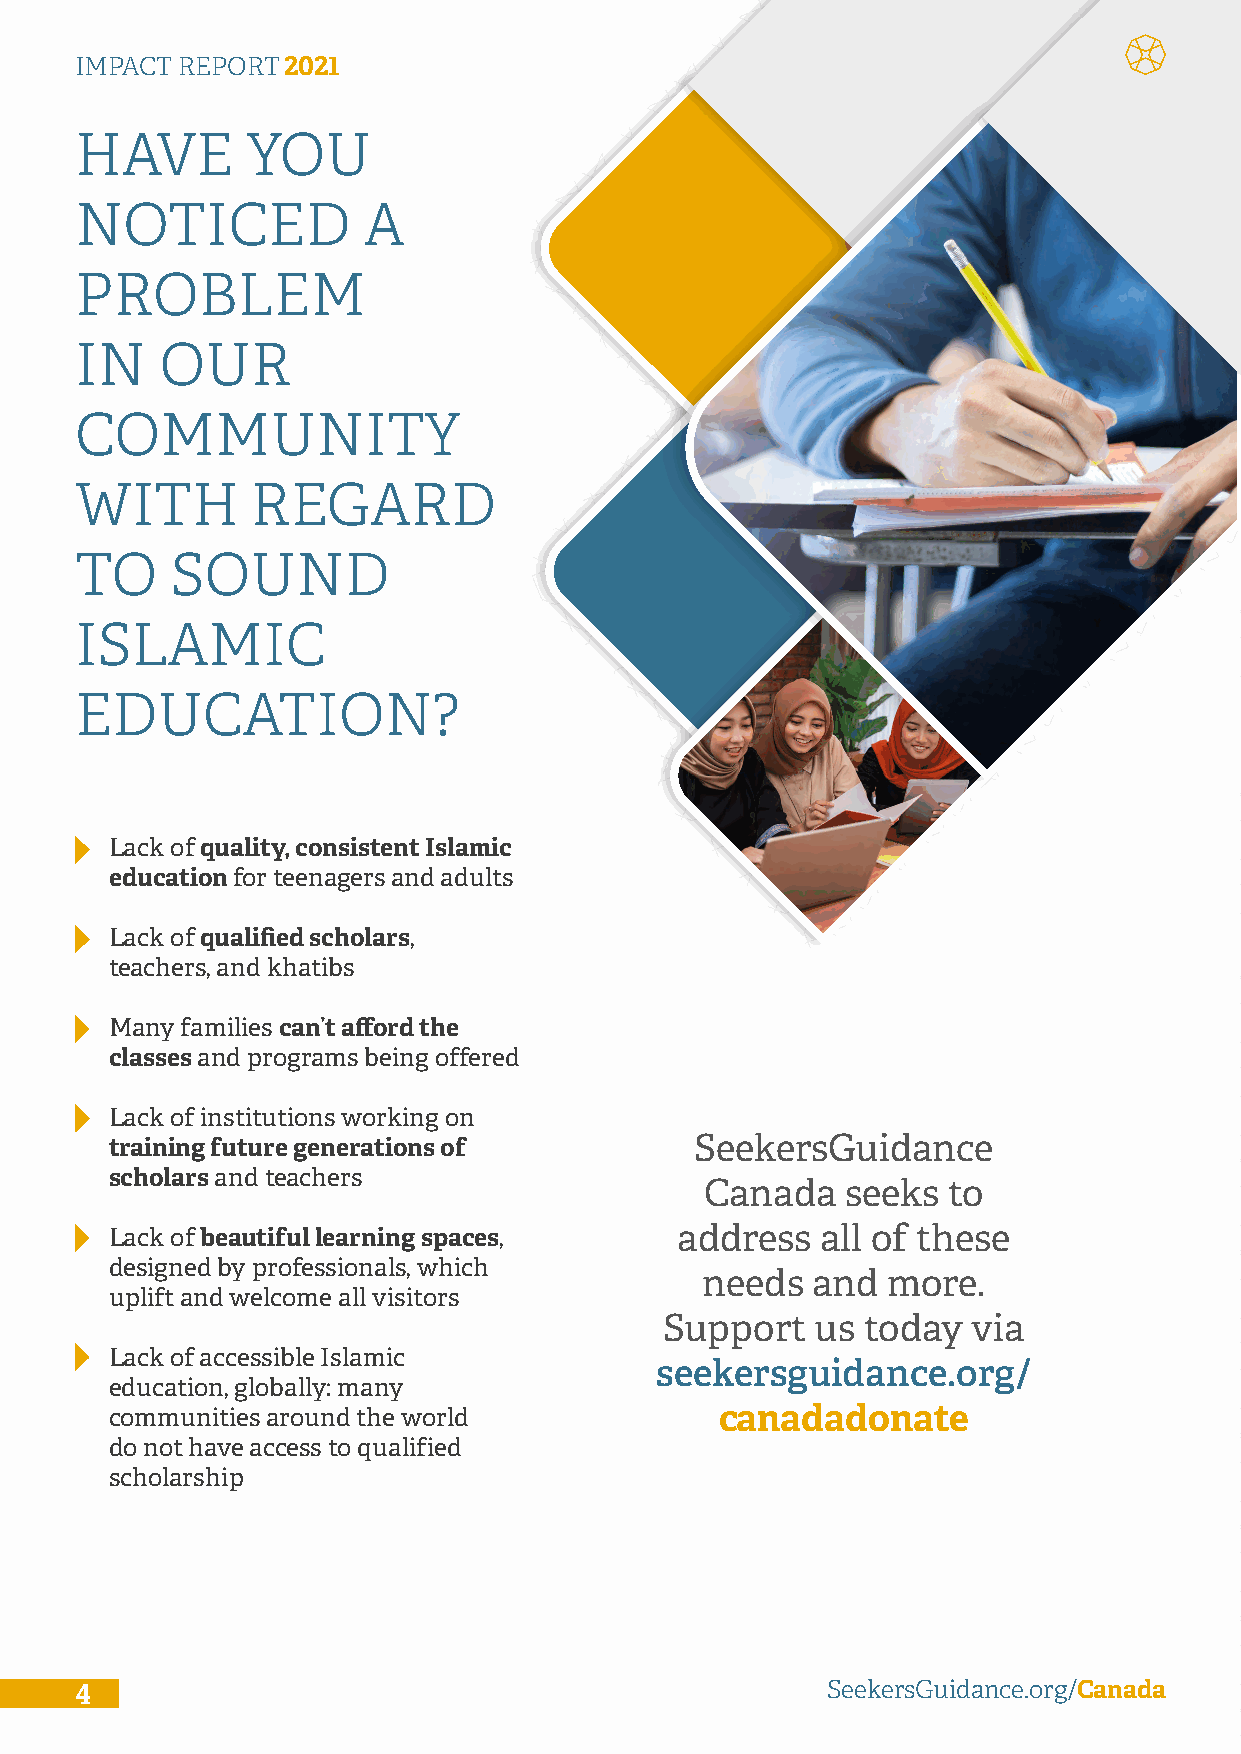
IMPACT REPORT2021
 HAVE       YOU
 NOTICED            A
 PROBLEM
 IN    OUR
 COMMUNITY
 WITH        REGARD
 TO    SOUND
 ISLAMIC
 EDUCATION?
 Lack of quality, consistent Islamic
 education for teenagers and adults
 Lack of qualified scholars,
 teachers, and khatibs
 Many families can’t afford the
 classes and programs being offered
 Lack of institutions working on
 training future generations of         SeekersGuidance
 scholars and teachers
 Canada   seeks  to
 Lack of beautiful learning spaces,    address  all of these
 designed by professionals, which
 needs   and  more.
 uplift and welcome all visitors
 Support   us today  via
 Lack of accessible Islamic
 seekersguidance.org/
 education, globally: many
 communities around the world             canadadonate
 do not have access to qualified
 scholarship
 4                                                 SeekersGuidance.org/Canada